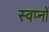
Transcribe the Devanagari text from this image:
स्वप्‍नों